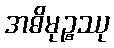
အဓိမုဉ္စဿု